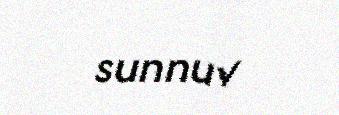
sunnuv